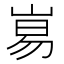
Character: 𡸑